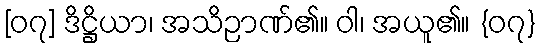
[၀၇] ဒိဋ္ဌိယာ၊ အသိဉာဏ်၏။ ဝါ၊ အယူ၏။ {၀၇}